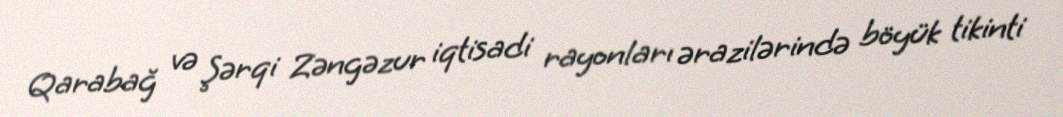
Qarabağ və Şərqi Zəngəzur iqtisadi rayonları ərazilərində böyük tikinti